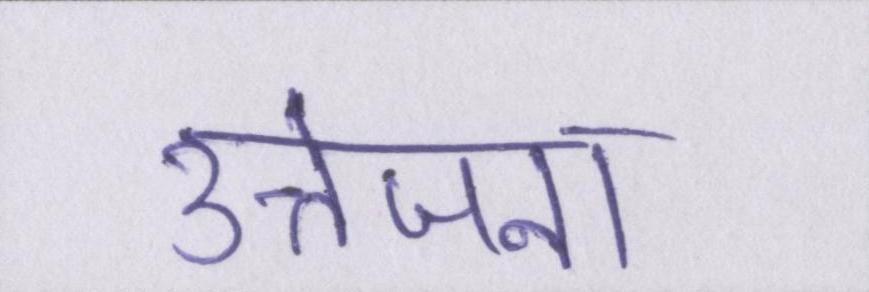
उत्तेजना